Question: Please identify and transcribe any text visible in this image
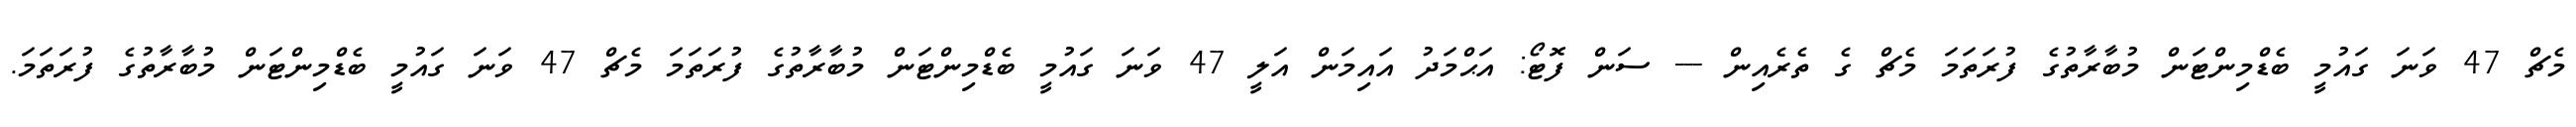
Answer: މެޗް 47 ވަނަ ގައުމީ ބެޑްމިންޓަން މުބާރާތުގެ ފުރަތަމަ މެޗް ގެ ތެރެއިން --- ސަން ފޮޓޯ: އަޙްމަދު އައިމަން އަލީ 47 ވަނަ ގައުމީ ބެޑްމިންޓަން މުބާރާތުގެ ފުރަތަމަ މެޗް 47 ވަނަ ގައުމީ ބެޑްމިންޓަން މުބާރާތުގެ ފުރަތަމަ.